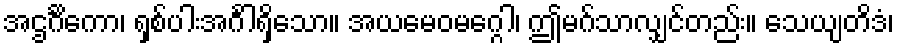
အဌင်္ဂိကော၊ ရှစ်ပါးအင်္ဂါရှိသော။ အယမေဝမဂ္ဂေါ၊ ဤမဂ်သာလျှင်တည်း။ သေယျတိဒံ၊